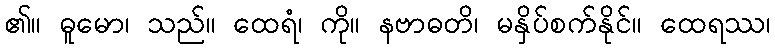
၏။ ဓူမော၊ သည်။ ထေရံ၊ ကို။ နဗာဓတိ၊ မနှိပ်စက်နိုင်။ ထေရဿ၊